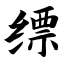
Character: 缥